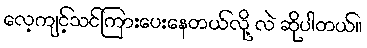
လေ့ကျင့်သင်ကြားပေးနေတယ်လို့ လဲ ဆိုပါတယ်။